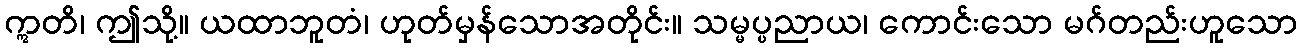
ဣတိ၊ ဤသို့။ ယထာဘူတံ၊ ဟုတ်မှန်သောအတိုင်း။ သမ္မပ္ပညာယ၊ ကောင်းသော မဂ်တည်းဟူသော